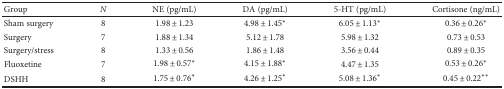
| Group | N | NE (pg/mL) | DA (pg/mL) | 5-HT (pg/mL) | Cortisone (ng/mL) |
 | --- | --- | --- | --- | --- | --- |
 | Sham surgery | 8 | 1.98 ± 1.23 | 4.98 ± 1.45∗ | 6.05 ± 1.13∗ | 0.36 ± 0.26∗ |
 | Surgery | 7 | 1.88 ± 1.34 | 5.12 ± 1.78 | 5.98 ± 1.32 | 0.73 ± 0.53 |
 | Surgery/stress | 8 | 1.33 ± 0.56 | 1.86 ± 1.48 | 3.56 ± 0.44 | 0.89 ± 0.35 |
 | Fluoxetine | 7 | 1.98 ± 0.57∗ | 4.15 ± 1.88∗ | 4.47 ± 1.35 | 0.53 ± 0.26∗ |
 | DSHH | 8 | 1.75 ± 0.76∗ | 4.26 ± 1.25∗ | 5.08 ± 1.36∗ | 0.45 ± 0.22∗∗ |